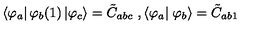
\left\langle \varphi _ { a } \right| \varphi _ { b } ( 1 ) \left| \varphi _ { c } \right\rangle = \tilde { C } _ { a b c } \ , \left\langle \varphi _ { a } \right| \left. \varphi _ { b } \right\rangle = \tilde { C } _ { a b 1 }